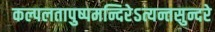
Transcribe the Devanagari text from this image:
कल्पलतापुष्पमन्दिरेऽत्यन्तसुन्दरे